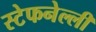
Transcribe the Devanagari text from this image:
स्टेफनेल्ली